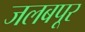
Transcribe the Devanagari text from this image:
जलबपूर